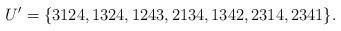
LaTeX: \begin{align*}U' = \{3124, 1324, 1243, 2134, 1342, 2314, 2341\}.\end{align*}